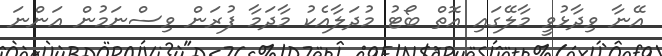
އޭނާ ވިދާޅުވީ މާލޭގައި އޮތް ބޯޓު މުދަލާއެކު މާދަމާ ފުރަން ވިސްނަމުން އަންނަ